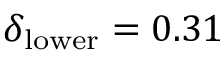
\delta _ { \mathrm { l o w e r } } = 0 . 3 1